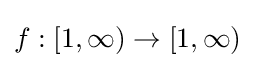
f:[1,\infty )\to [1,\infty )